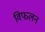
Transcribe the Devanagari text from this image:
विफलन